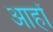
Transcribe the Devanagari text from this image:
आहों